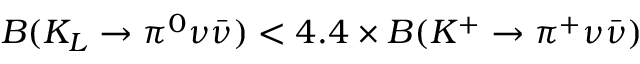
B ( K _ { L } \to \pi ^ { 0 } \nu \bar { \nu } ) < 4 . 4 \times B ( K ^ { + } \to \pi ^ { + } \nu \bar { \nu } )